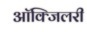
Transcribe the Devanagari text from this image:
आॅक्जिलरी